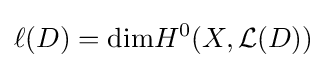
\ell (D)=\mathrm {dim} H^{0}(X,{\mathcal {L}}(D))